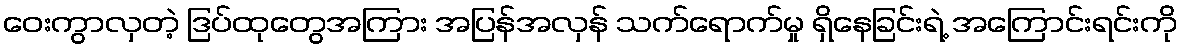
ဝေးကွာလှတဲ့ ဒြပ်ထုတွေအကြား အပြန်အလှန် သက်ရောက်မှု ရှိနေခြင်းရဲ့ အကြောင်းရင်းကို